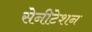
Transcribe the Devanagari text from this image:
सेनीटेशन